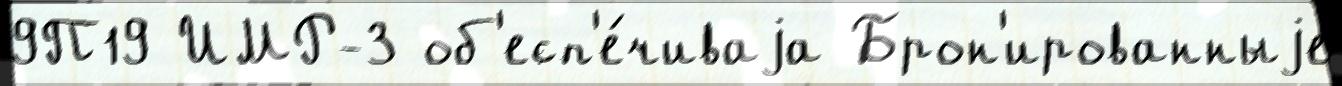
9П19 ИМР-3 об'есп'е́чиваjа Брон'ированныjе